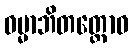
ဓမ္မာဘိတတ္တောဝ